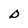
Character: D